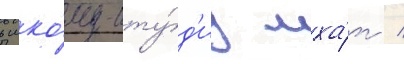
в шко́лу-сту́д'иу мха́т /